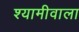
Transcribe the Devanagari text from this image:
श्यामीवाला